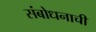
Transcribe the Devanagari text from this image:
संबोधनाची